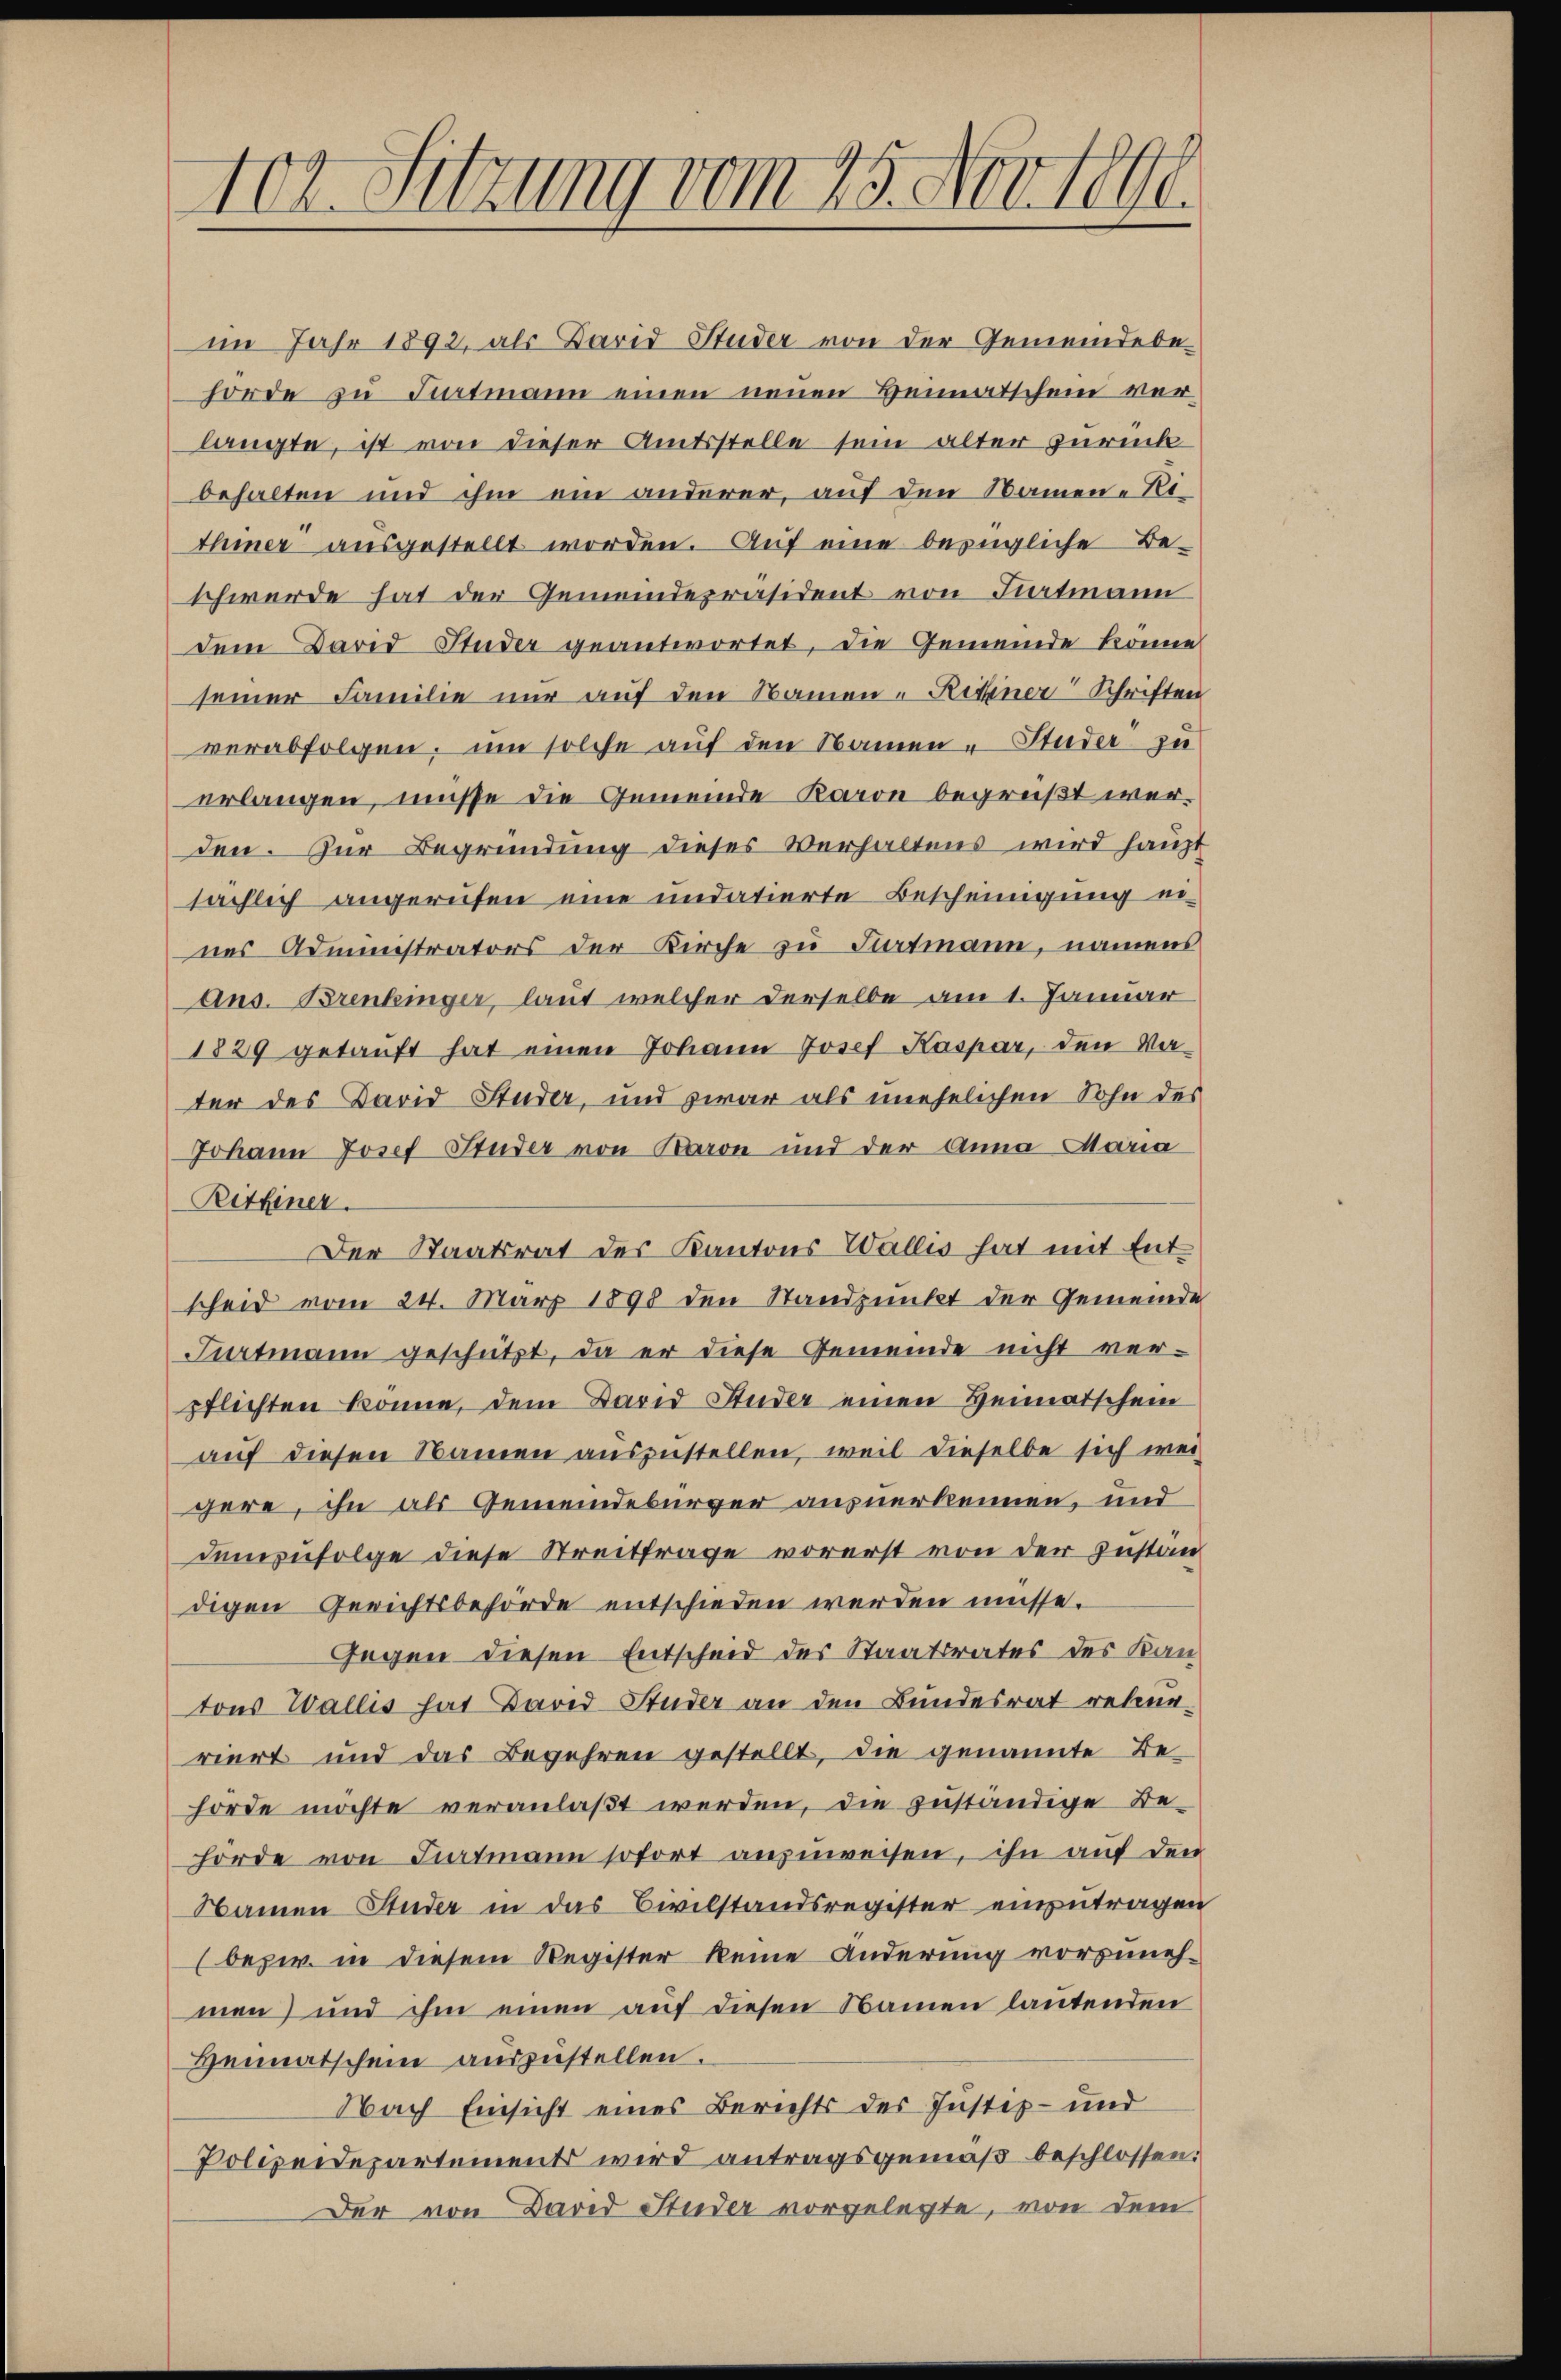
102. Sitzung vom 15. Nov. 1890

im Jahr 1892, als David Studer von der Gemeindebehörde zu Fartmann einen neuen Heimatschein verlangte, ist von dieser Amtsstelle sein alter zurück
behalten und ihm ein anderer, auf den Namen-Rithmer ausgestellt worden. Auf eine bezügliche Beschwerde hat der Gemeindepräsident von Liartmann
dem David Studer geantwortet, die Gemeinde könne
seiner Familie nur auf den Namen - Risiner Schriften
verabfolgen, um solche auf den Namen - Studer zu
erlangen, müsse die Gemeinde Karon begrüßt werden. Zur Begründung dieses Verhaltens wird haupt
sächlich angerufen eine undatierte Bescheinigung ei
nes Administrators der Kirche zu Furtmann, namens
ans. Brenkinger, laut welcher derselbe am 1. Januar
1829 getauft hat einen Johann Josef Kaspar, den Va-
ter des David Studer, und zwar als unehelichen Sohn des
Johann Josef Studer von Baron und der Anna Maria
Rithiner
Der Staatsrat des Kantons Wallis hat mit Ent
scheid vom 24. März 1898 den Standpunkt der Gemeinde
Aartmann geschützt, da er diese Gemeinde nicht ver-
pflichten könne, dem Barid Studer einen Heimatschein
auf diesen Namen auszustellen, weil dieselbe sich wei-
gere, ihn als Gemeindebürger ausnerkennen, und
demzufolge diese Streitfrage vorerst von der Instan
digen Gerichtsbehörde entschieden werden müsse.
Gegen diesen Entscheid des Staatsrates des Kantons Wallis hat Bared Studer an den Bundesrat rekurriert und das Begehren gestellt, die genannte Be-
hörde möchte veranlaßt werden, die zuständige Be-
hörde von Fiatmann sofort anzuweisen, ihn auf den
Namen Studer in das Civilstandsregister einzutragen
(bezw. in diesem Register keine Änderung vorzunehmen) und ihm einen auf diesen Namen lautenden
Heimatschein auszustellen.
Nach Einsicht eines Berichts der Justiz- und
Polizeidepartement wird antragsgemäß beschlossen:
Der von David Studer vorgelegte, von dem